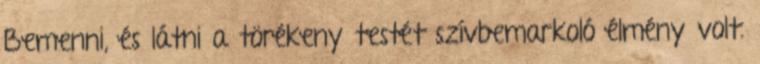
Bemenni, és látni a törékeny testét szívbemarkoló élmény volt.